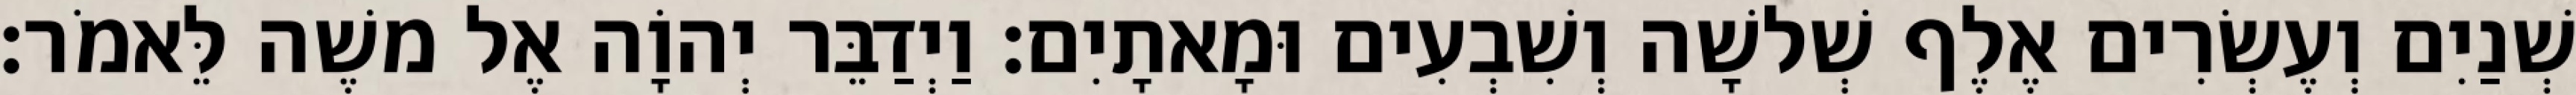
שְׁנַיִם וְעֶשְׂרִים אֶלֶף שְׁלשָׁה וְשִׁבְעִים וּמָאתָיִם׃ וַיְדַבֵּר יְהוָֹה אֶל משֶׁה לֵּאמֹר׃